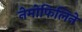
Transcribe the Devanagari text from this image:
नेमोफिलिने